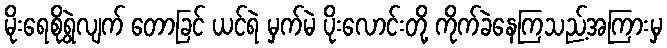
မိုးရေစိုရွဲလျက် တောခြင် ယင်ရဲ မှက်မဲ ပိုးလောင်းတို့ ကိုက်ခဲနေကြသည့်အကြားမှ